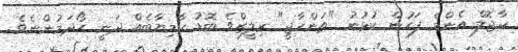
ކާޖޮލް އެންމެ ފަހުން ކުޅުނު "ތަންހާޖީ" ރިލީޒްވެ ބޮޑު ކާމިޔާބެއް ދަނީ ހޯދަމުންނެވެ.